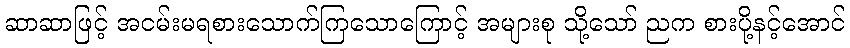
ဆာဆာဖြင့် အငမ်းမရစားသောက်ကြသောကြောင့် အများစု သို့သော် ညက စားပို့နင့်အောင်